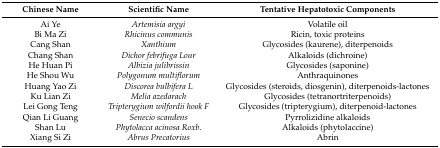
<table><thead><tr><td><b>Chinese Name</b></td><td><b>Scientific Name</b></td><td><b>Tentative Hepatotoxic Components</b></td></tr></thead><tbody><tr><td>Ai Ye</td><td><i>Artemisia argyi</i></td><td>Volatile oil</td></tr><tr><td>Bi Ma Zi</td><td><i>Rhicinus communis</i></td><td>Ricin, toxic proteins</td></tr><tr><td>Cang Shan</td><td><i>Xanthium</i></td><td>Glycosides (kaurene), diterpenoids</td></tr><tr><td>Chang Shan</td><td><i>Dichor febrifuga Lour</i></td><td>Alkaloids (dichroine)</td></tr><tr><td>He Huan Pi</td><td><i>Albizia julibrissin</i></td><td>Glycosides (saponine)</td></tr><tr><td>He Shou Wu</td><td><i>Polygonum multiflorum</i></td><td>Anthraquinones</td></tr><tr><td>Huang Yao Zi</td><td><i>Discorea bulbifera L</i></td><td>Glycosides (steroids, diosgenin), diterpenoids-lactones</td></tr><tr><td>Ku Lian Zi</td><td><i>Melia azedarach</i></td><td>Glycosides (tetranortriterpenoids)</td></tr><tr><td>Lei Gong Teng</td><td><i>Tripterygium wilfordii hook F</i></td><td>Glycosides (tripterygium), diterpenoid-lactones</td></tr><tr><td>Qian Li Guang</td><td><i>Senecio scandens</i></td><td>Pyrrolizidine alkaloids</td></tr><tr><td>Shan Lu</td><td><i>Phytolacca acinosa Roxb</i>.</td><td>Alkaloids (phytolaccine)</td></tr><tr><td>Xiang Si Zi</td><td><i>Abrus Precatorius</i></td><td>Abrin</td></tr></tbody></table>